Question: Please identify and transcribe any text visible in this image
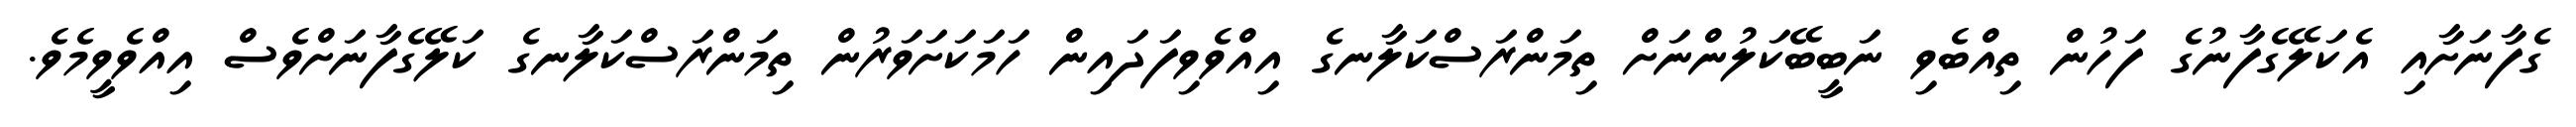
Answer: ގެފާނަށާއި އެކަލޭގެފާނުގެ ފަހުން ތިއްބެވި ނަބީބޭކަލުންނަށް ތިމަންރަސްކަލާނގެ އިއްވެވިފަދައިން ހަމަކަށަވަރުން ތިމަންރަސްކަލާނގެ ކަލޭގެފާނަށްވެސް އިއްވެވީމެވެ.